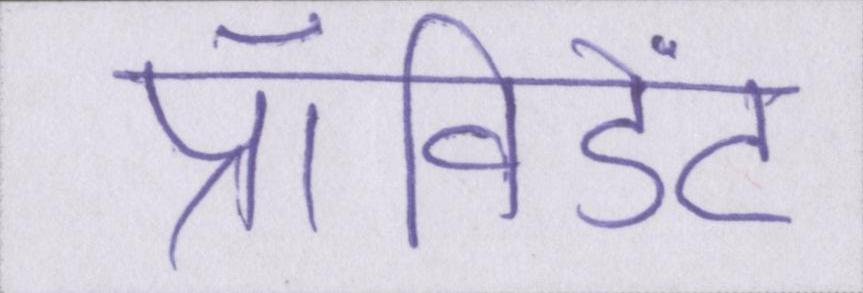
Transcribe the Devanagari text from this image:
प्रॉविडेंट